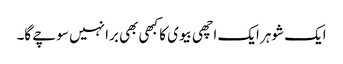
ایک شوہر ایک اچھی بیوی کا کبھی بھی برا نہیں سوچے گا۔